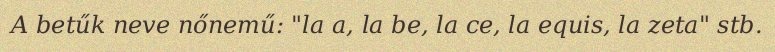
A betűk neve nőnemű: "la a, la be, la ce, la equis, la zeta" stb.